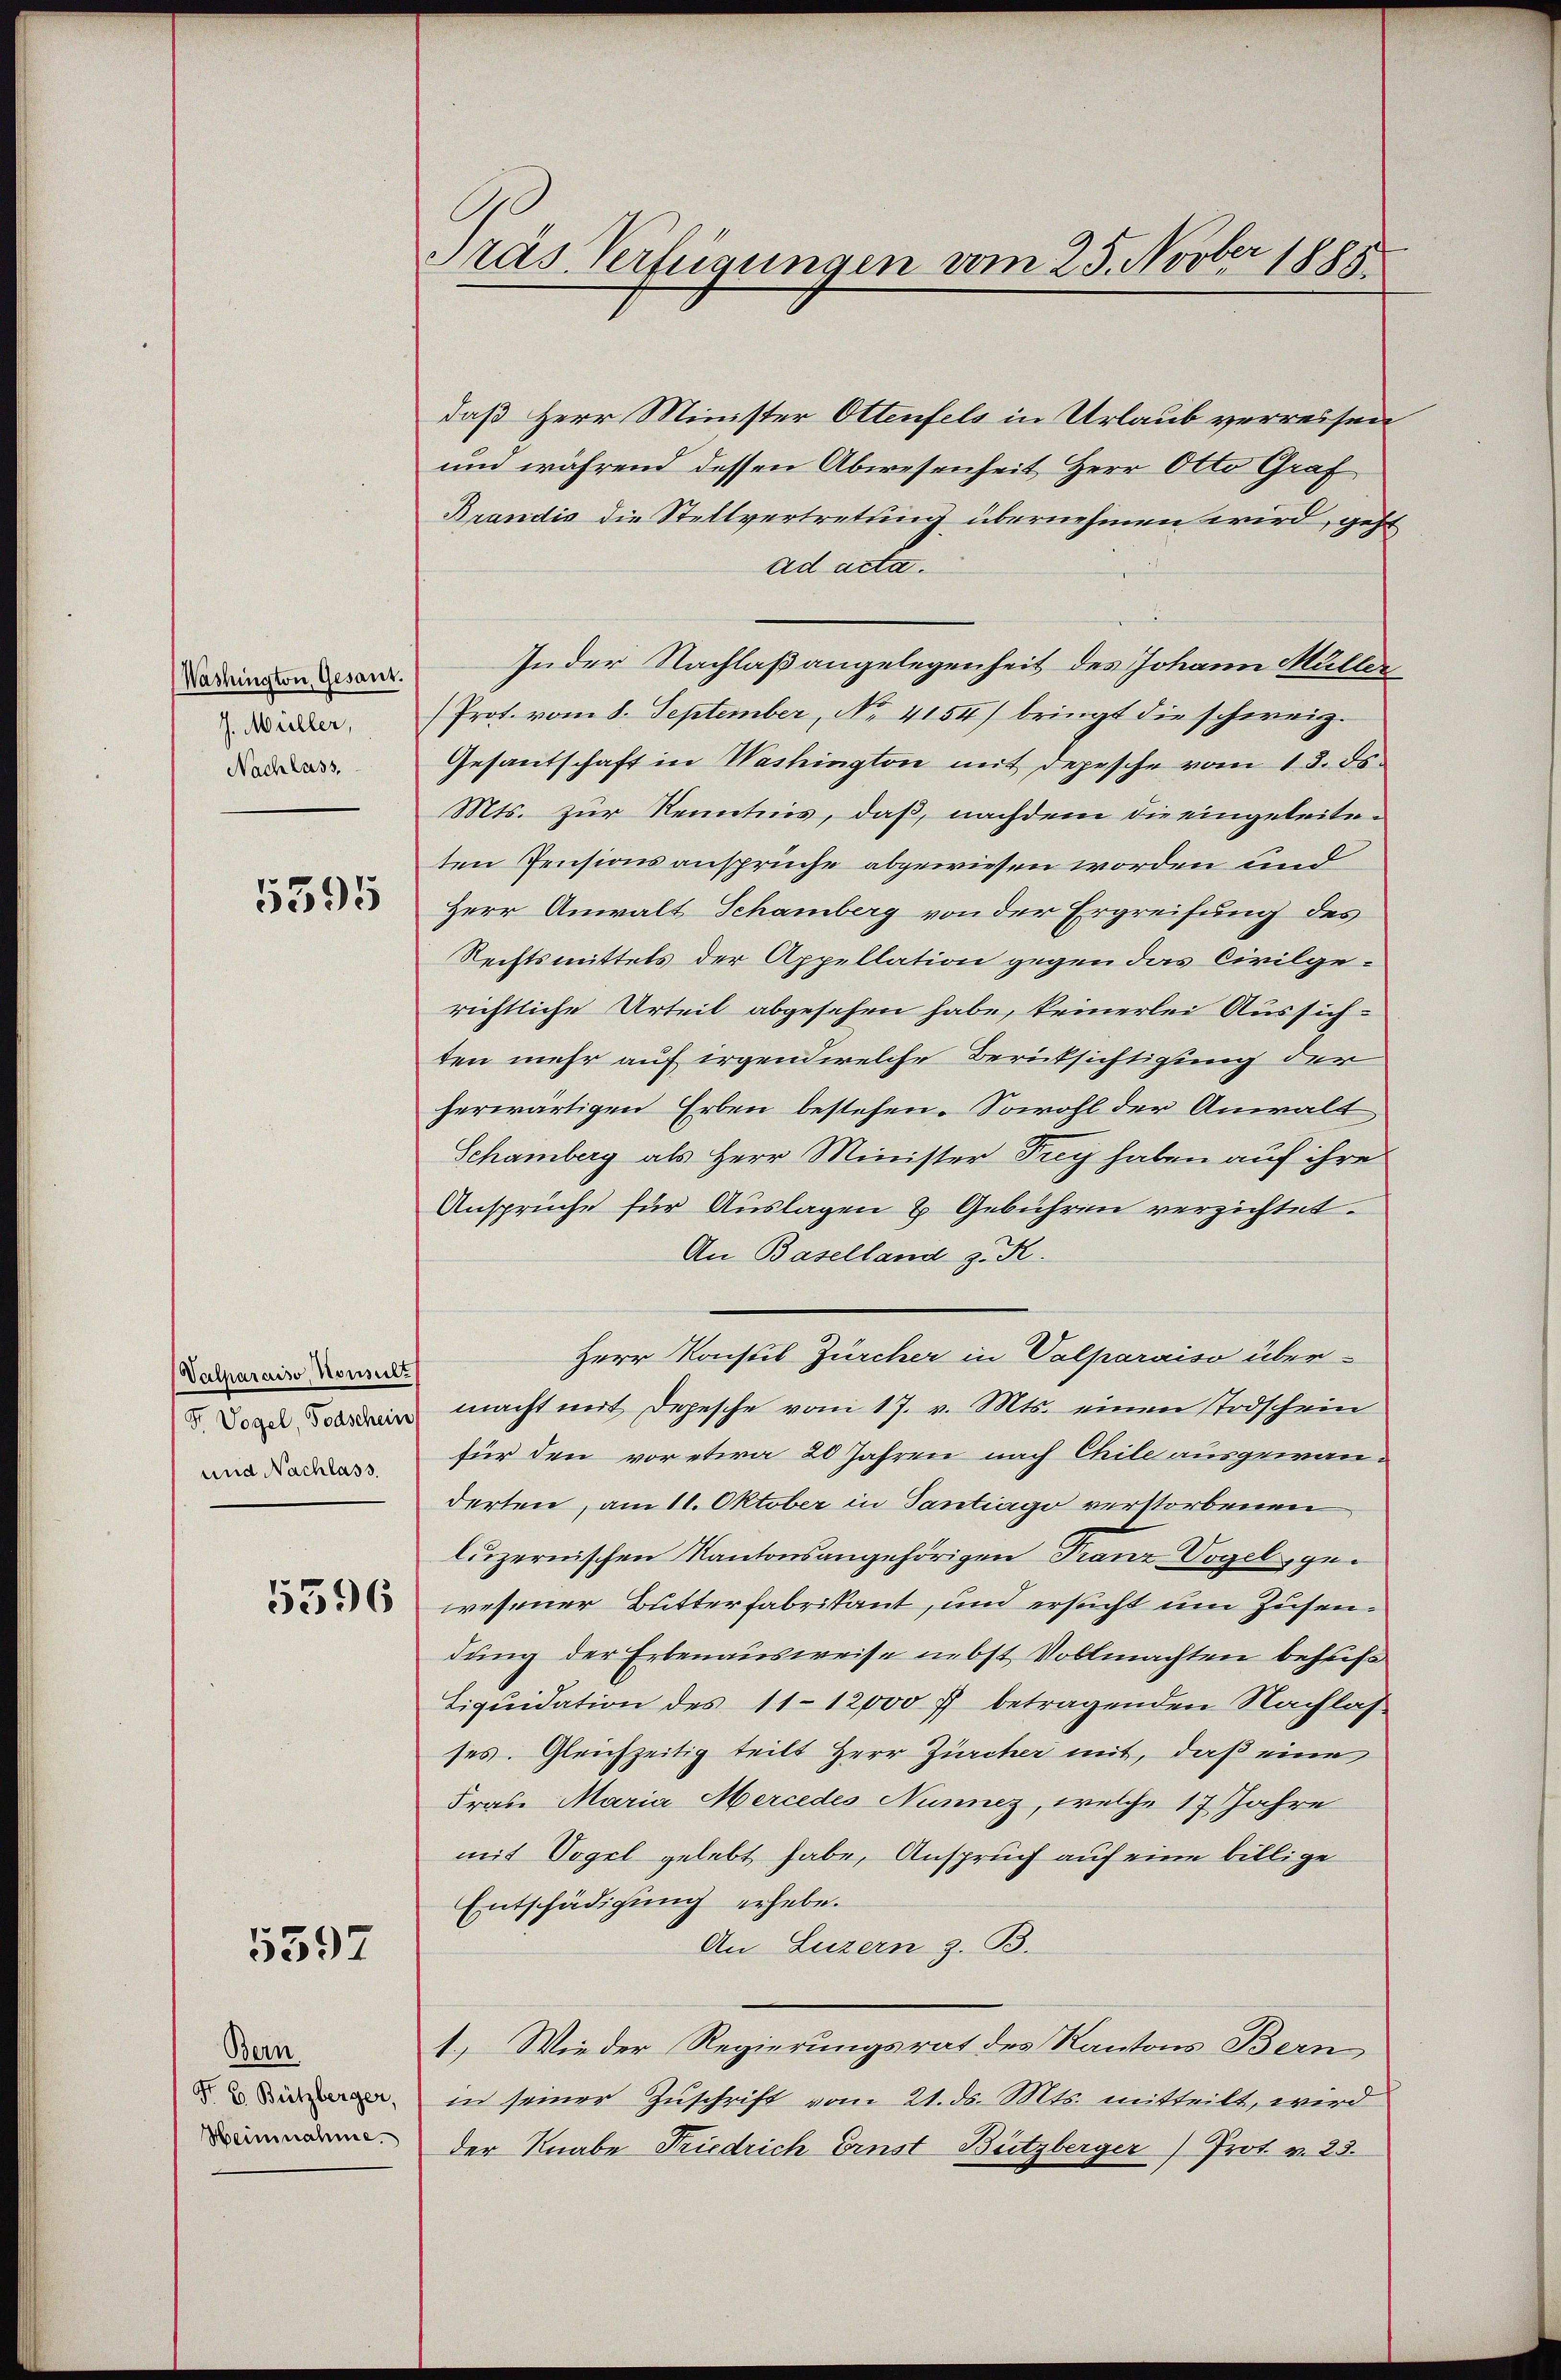
Washington, Gesant.
J. Müller,
Nachlass

5395

Valparaiso, Konsult
D. Vogel, Todschein
und Nachlass.

5596

5597

Bern
F. E. Bützberger,
Heinnahme.

Präs. Verfügungen vom 25. Novber 1888

daß Herr Minister Ottenfels in Urlaub verreisen
und während dessen Abwesenheit Herr Otto Graf
Brandis die Stellvertretung übernehmen wird, geht
ad acti.
Inder Nachlaßangelegenheit des Johann Müller
Prof. vom 8. September, No. 4154/ bringt die schweiz.
Gesandschaft in Washington mit Depesche vom 13. ds.
Mts. zur Kenntnis, daß, nachdem die eingeleiteten Pensionsansprüche abgewiesen worden und
Herr Anwalt Schamberg von der Ergreifung des
Rechtsmittels der Appellation gegen das Civilge-
richtliche Urteil abgesehen habe, keinerlei Aussichten mehr auf irgend welche Berücksichtigung der
herwärtigen Erben bestehen. Sowohl der Anwalt
Schamberg als Herr Minister Frey haben auf ihre
Ansprüche für Auslagen & Gebühren verzichtet.
An Baselland z. K.
Herr Konstil Zürcher in Valparaiso über-
macht mit Depesche vom 17. v. Mts. einen Todschein
für den vor etwa 20 Jahren nach Chile ausgewanderten, am 11. Oktober in Tantiago verstorbenen
luzernischen Kantonsangehörigen Franz Vogel, gewesener Butterfabrikant, und ersucht um Zusendung der Erbenausweise nebst Vollmachten behufs
Liquidation des 11-12000 f betragenden Nachlas
ses. Gleichzeitig teilt Herr Zürcher mit, daß eine
Frau Maria Mercedes Nunnez, welche 17 Jahre
mit Vogel gelebt habe, Anspruch auf eine billige
Entschädigung erhebe.
An Luzern z. B.
1.) Wieder Regierungsrat des Kantons Bern
in seiner Zuschrift vom 21. ds. Mts. mitteilt, wird
der Knabe Friedrich Ernst Bützberger Prot. v. 23.